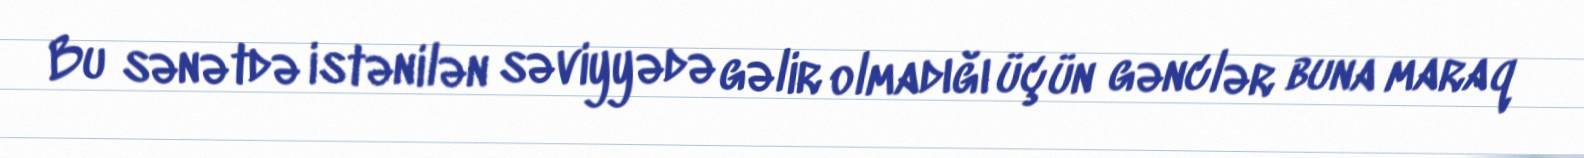
Bu sənətdə istənilən səviyyədə gəlir olmadığı üçün gənclər buna maraq